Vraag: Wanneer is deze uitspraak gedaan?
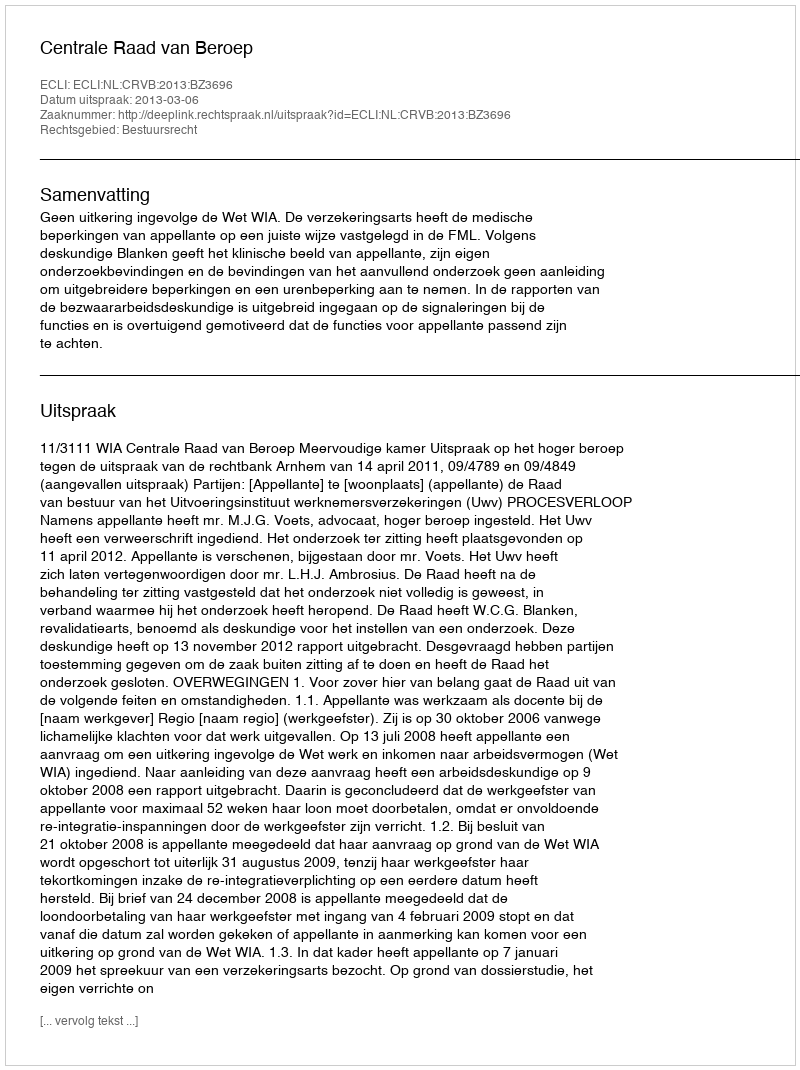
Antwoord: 2013-03-06